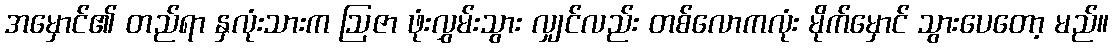
အမှောင်၏ တည်ရာ နှလုံးသားက ဩဇာ ဖုံးလွှမ်းသွား လျှင်လည်း တစ်လောကလုံး မိုက်မှောင် သွားပေတော့ မည်။